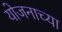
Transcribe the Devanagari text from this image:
योजनाच्या